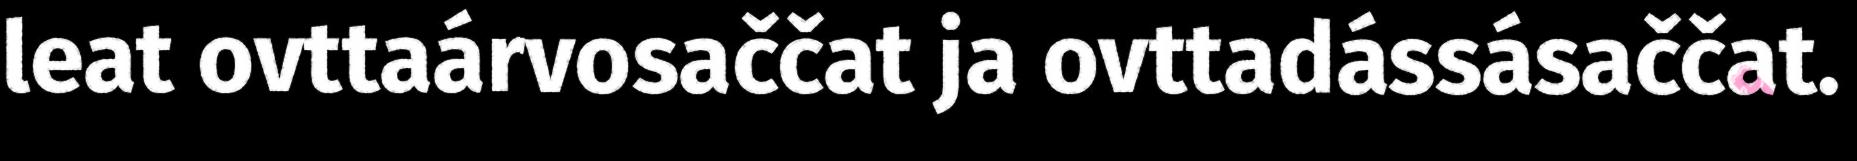
leat ovttaárvosaččat ja ovttadássásaččat.